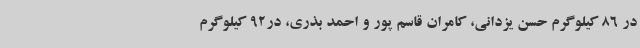
در 86 کیلوگرم حسن یزدانی، کامران قاسم پور و احمد بذری، در92 کیلوگرم